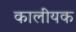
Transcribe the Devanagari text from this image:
कालीयक